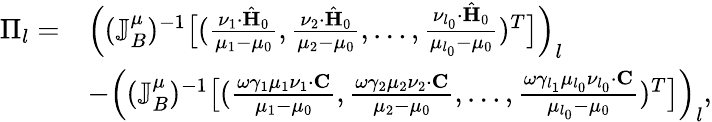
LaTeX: \begin{array}{rl}{\Pi_{l}=}&{\Big((\mathbb{J}_{B}^{\mu})^{-1}\big[(\frac{\nu_{1}\cdot\hat{\mathbf{H}}_{0}}{\mu_{1}-\mu_{0}},\frac{\nu_{2}\cdot\hat{\mathbf{H}}_{0}}{\mu_{2}-\mu_{0}},\ldots,\frac{\nu_{l_{0}}\cdot\hat{\mathbf{H}}_{0}}{\mu_{l_{0}}-\mu_{0}})^{T}\big]\Big)_{l}}\\ &{-\Big((\mathbb{J}_{B}^{\mu})^{-1}\big[(\frac{\omega\gamma_{1}\mu_{1}\nu_{1}\cdot\mathbf{C}}{\mu_{1}-\mu_{0}},\frac{\omega\gamma_{2}\mu_{2}\nu_{2}\cdot\mathbf{C}}{\mu_{2}-\mu_{0}},\ldots,\frac{\omega\gamma_{l_{1}}\mu_{l_{0}}\nu_{l_{0}}\cdot\mathbf{C}}{\mu_{l_{0}}-\mu_{0}})^{T}\big]\Big)_{l},}\end{array}